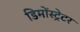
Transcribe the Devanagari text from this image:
डिमोंस्ट्रेटर